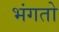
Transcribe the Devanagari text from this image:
भंगतो